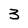
Character: 3